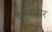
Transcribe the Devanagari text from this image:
ठसकेदार